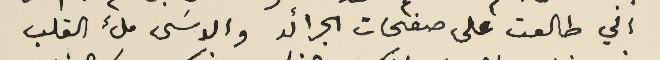
اني طالعت على صفحات الجرائد والاسَى ملء القلب